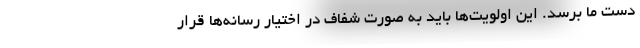
دست ما برسد. این اولویت‌ها باید به صورت شفاف در اختیار رسانه‌ها قرار